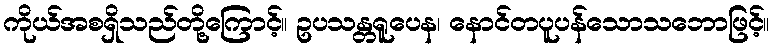
ကိုယ်အစရှိသည်တို့ကြောင့်။ ဥပသန္တရူပေန၊ နောင်တပူပန်သောသဘောဖြင့်။